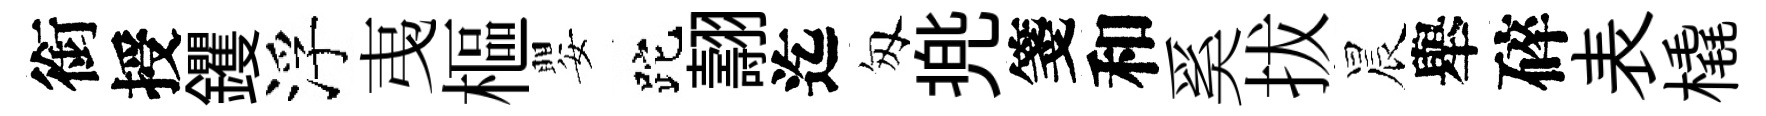
銜授钁浮𢎯樞嬰跎翿迄匆兠箋和奚拔晨舉碎表橇